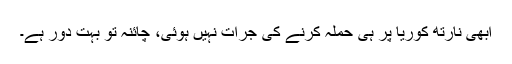
ابھی نارتھ کوریا پر ہی حملہ کرنے کی جرات نہیں ہوئی، چائنہ تو بہت دور ہے۔